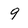
Character: 9